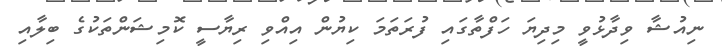
ނިއުޝާ ވިދާޅުވީ މިދިޔަ ހަފްތާގައި ފުރަތަމަ ކިޔުން އިއްވި ރިޔާސީ ކޮމިޝަންތަކުގެ ބިލާއި